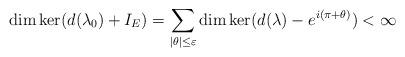
LaTeX: \begin{align*}\dim\ker(d(\lambda_0)+I_E)=\sum_{|\theta|\leq\varepsilon}{\dim\ker(d(\lambda)-e^{i(\pi+\theta)})}<\infty\end{align*}